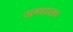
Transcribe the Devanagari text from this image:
अब्दाऊ